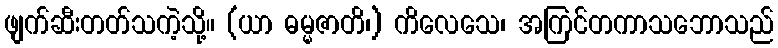
ဖျက်ဆီးတတ်သကဲ့သို့။ (ယာ ဓမ္မဇာတိ၊) ကိလေသေ၊ အကြင်တကာသဘောသည်